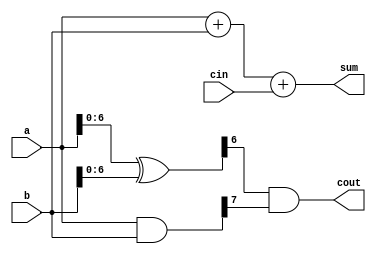
module carry_lookahead_adder (
    input [7:0] a,
    input [7:0] b,
    input cin,
    output [7:0] sum,
    output cout
);

wire [7:0] carry;
wire [7:0] p;
wire [7:0] g;

assign p = a ^ b;
assign g = a & b;

assign carry[0] = cin;
assign {carry[1], carry[2], carry[3], carry[4], carry[5], carry[6], carry[7]} = {g[0], p[0] & g[1], p[1] & g[2], p[2] & g[3], p[3] & g[4], p[4] & g[5], p[5] & g[6], p[6] & g[7]};

assign sum = a + b + cin;
assign cout = carry[7];

endmodule